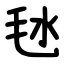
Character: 㲑